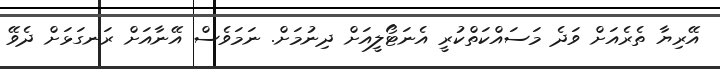
އޭރިޔާ ތެރެއަށް ވަދެ މަސައްކަތްކުރީ އެނަޓޯލީއަށް ދިނުމަށް. ނަމަވެސް އޭނާއަށް ރަނގަޅަށް ދެވޭ